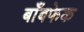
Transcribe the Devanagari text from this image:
बाँबफेक